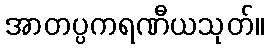
အာတပ္ပကရဏီယသုတ်။